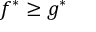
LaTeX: f ^ { * } \geq g ^ { * }